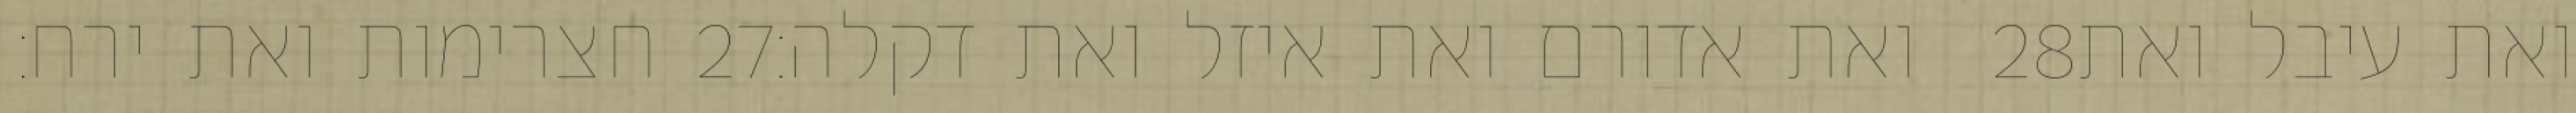
חצרימות ואת ירח׃ ‎27‏ ואת אדורם ואת איזל ואת דקלה׃ ‎28‏ ואת עיבל ואת